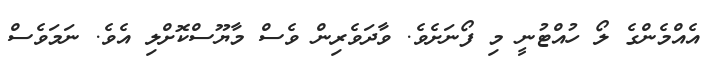
އެއްމެންގެ ލޯ ހުއްޓުނީ މި ފޯނަށެވެ. ވާދަވެރިން ވެސް މާޔޫސްކޮށްލި އެވެ. ނަމަވެސް